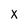
Character: X